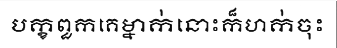
បក្ខពួកគេម្នាក់នោះក៏ហក់ចុះ